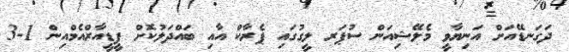
ދަގަނޑޭއަށް އަނިޔާވީ މެލޭޝިއަން ސުޕަރ ލީގުގައި ޕެރާކް އާއި ބައްދަލުކޮށް ޕީޑީއާރްއެމްއިން 1-3